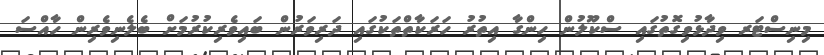
މިނިސްޓަރ ވިދާޅުވިގޮތުގައި ސްކޫލުން ހިންގާ އިތުރު ހަރަކާތްތަކުގައި ދަރިވަރުން ބައިވެރިކުރުމަށް ބެލެނިވެރިން ހާއްސަ